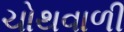
ચોથવાળી